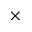
\times